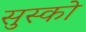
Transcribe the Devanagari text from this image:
सुस्को